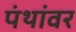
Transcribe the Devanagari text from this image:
पंथांवर